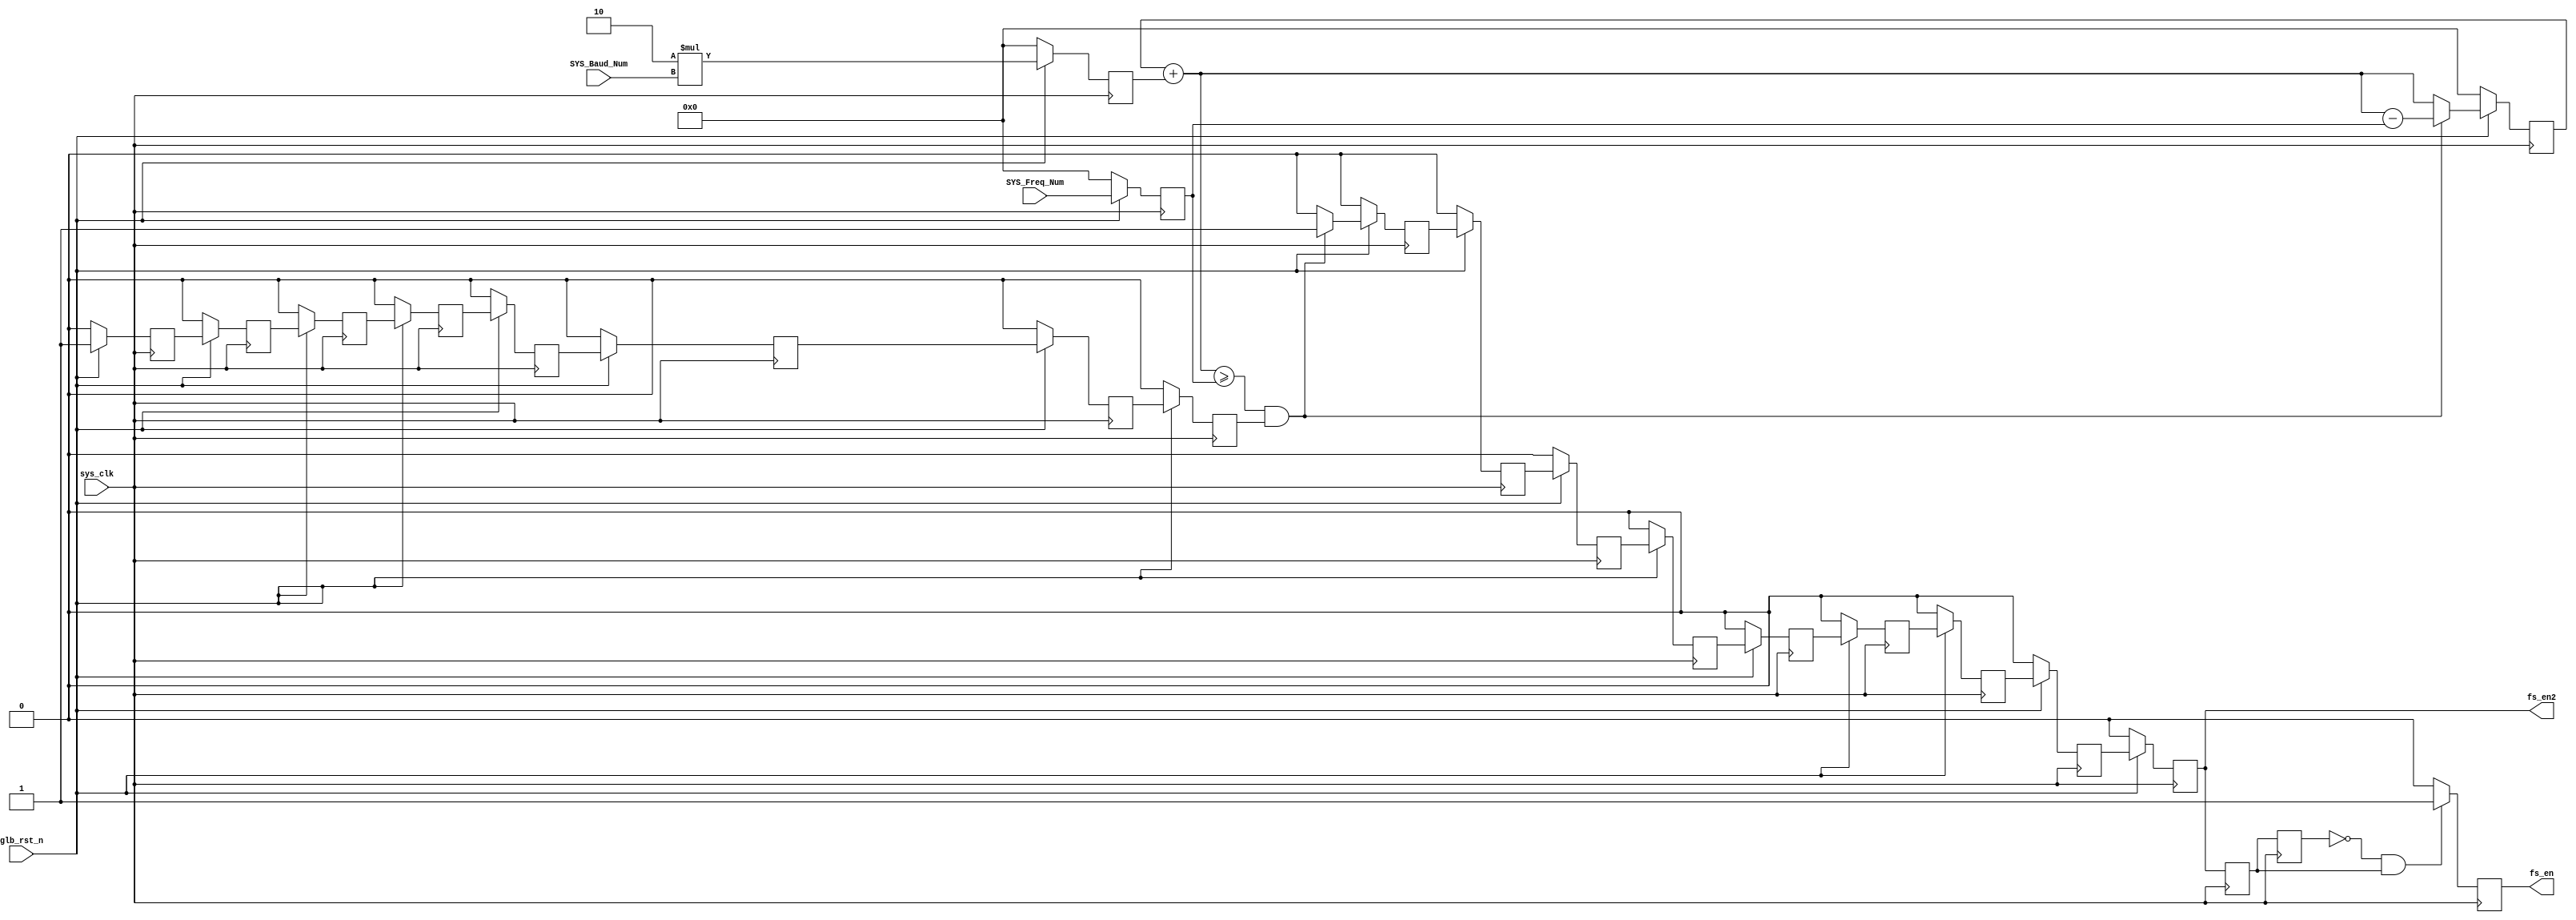
`timescale 1ns / 1ps
//////////////////////////////////////////////////////////////////////////////////
// Company: 
// Engineer: 
// 
// Design Name: 
// Module Name: gen_fs_en
// Project Name: 
// Target Devices: 
// Tool Versions: 
// Description: 
// 
// Dependencies: 
// 
// Revision:
// Revision 0.01 - File Created
// Additional Comments:
// 
//////////////////////////////////////////////////////////////////////////////////


module gen_fs_en(
    input                                           sys_clk,
    input                                           glb_rst_n,
    input							[31:0]		    SYS_Baud_Num,//32'd2500 --> 25M BaudRate   ,
    input							[31:0]		    SYS_Freq_Num,//32'd10000 --> 100M System Clock,
    output          reg                             fs_en,
    output          reg                             fs_en2
    );
    
    //parameter SYS_Freq_Num = 32'd10000;
    
    reg [31:0]			       byte_en_step;
    reg [31:0]                clk_period;
    wire [31:0]               byte_en_cnt;
    reg  [31:0]            byte_en_phase;
    
    reg         clk_period_rdy;
    
    always @(posedge sys_clk)begin
    if(~glb_rst_n)begin
        byte_en_step   <= 0;
        clk_period          <= 0;
        clk_period_rdy <= 0;
    end
    else begin
        byte_en_step   <= 2*SYS_Baud_Num;//32'd3036096 ;
        clk_period          <= SYS_Freq_Num;//32'd259920000;
        clk_period_rdy <= 1;
    end
    end
    
    reg                                            clk_period_rdy_1dly;//1dly
    reg                                            clk_period_rdy_2dly;//2dly
    reg                                            clk_period_rdy_3dly;//3dly
    reg                                            clk_period_rdy_4dly;//4dly
    reg                                            clk_period_rdy_5dly;//5dly
    reg                                            clk_period_rdy_6dly;//6dly
    reg                                            clk_period_rdy_7dly;//7dly
    
    
    always @(posedge sys_clk)begin
        if(~glb_rst_n)begin    
            clk_period_rdy_1dly <= 1'b0;//1dly
            clk_period_rdy_2dly <= 1'b0;//2dly
            clk_period_rdy_3dly <= 1'b0;//3dly
            clk_period_rdy_4dly <= 1'b0;//4dly
            clk_period_rdy_5dly <= 1'b0;//5dly
            clk_period_rdy_6dly <= 1'b0;//6dly
            clk_period_rdy_7dly <= 1'b0;//7dly
        end
        else begin
            clk_period_rdy_1dly <= clk_period_rdy;//1dly
            clk_period_rdy_2dly <= clk_period_rdy_1dly;//2dly
            clk_period_rdy_3dly <= clk_period_rdy_2dly;//3dly
            clk_period_rdy_4dly <= clk_period_rdy_3dly;//4dly
            clk_period_rdy_5dly <= clk_period_rdy_4dly;//5dly
            clk_period_rdy_6dly <= clk_period_rdy_5dly;//6dly
            clk_period_rdy_7dly <= clk_period_rdy_6dly;//7dly
        end
    end
    
    //assign     byte_en_step   = TS_Bytes_Num_Frm*SYS_Baud_Num;//32'd3036096 ;
    //assign    clk_period          = PL_Bytes_Num_Frm*SYS_Freq_Num;//32'd259920000;
    assign     byte_en_cnt        = byte_en_phase+byte_en_step;
    
    always @(posedge sys_clk)begin
    if(~glb_rst_n)
        byte_en_phase    <=0;
    else if((byte_en_cnt>=clk_period)&&(clk_period_rdy_7dly))
        byte_en_phase<=byte_en_cnt-clk_period;
    else
        byte_en_phase<=byte_en_cnt;
    end
    
    reg        ts_clk_pre; 
    
    always @(posedge sys_clk)begin
    if(~glb_rst_n)
        ts_clk_pre<=1'b0;
    else if((byte_en_cnt>=clk_period)&&(clk_period_rdy_7dly))
        ts_clk_pre<=1'b1;
    else
        ts_clk_pre<=1'b0;
    end
    
    
    
    reg                                            ts_clk_pre_1dly;//1dly
    reg                                            ts_clk_pre_2dly;//2dly
    reg                                            ts_clk_pre_3dly;//3dly
    reg                                            ts_clk_pre_4dly;//4dly
    reg                                            ts_clk_pre_5dly;//5dly
    reg                                            ts_clk_pre_6dly;//6dly
    reg                                            ts_clk_pre_7dly;//7dly
    
    
    always @(posedge sys_clk)begin
        if(~glb_rst_n)begin    
            ts_clk_pre_1dly <= 1'b0;//1dly
            ts_clk_pre_2dly <= 1'b0;//2dly
            ts_clk_pre_3dly <= 1'b0;//3dly
            ts_clk_pre_4dly <= 1'b0;//4dly
            ts_clk_pre_5dly <= 1'b0;//5dly
            ts_clk_pre_6dly <= 1'b0;//6dly
            ts_clk_pre_7dly <= 1'b0;//7dly
            fs_en2 <= 1'b0;//8dly
        end
        else begin
            ts_clk_pre_1dly <= ts_clk_pre;//1dly
            ts_clk_pre_2dly <= ts_clk_pre_1dly;//2dly
            ts_clk_pre_3dly <= ts_clk_pre_2dly;//3dly
            ts_clk_pre_4dly <= ts_clk_pre_3dly;//4dly
            ts_clk_pre_5dly <= ts_clk_pre_4dly;//5dly
            ts_clk_pre_6dly <= ts_clk_pre_5dly;//6dly
            ts_clk_pre_7dly <= ts_clk_pre_6dly;//7dly
            fs_en2 <= ts_clk_pre_7dly;//8dly
        end
    end
    
    reg					fs_reg1;
    reg                    fs_reg2;
    always@(posedge sys_clk) begin
        fs_reg1<=fs_en2;
        fs_reg2<=fs_reg1;
    end
    
    always @(posedge sys_clk) begin
        if((fs_reg2==1'b0)&&(fs_reg1==1'b1))
            fs_en<=1'b1;
        else
            fs_en<=1'b0;
    end
    
endmodule